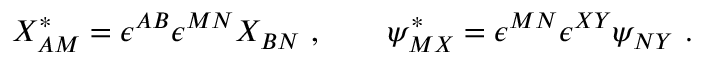
X _ { A M } ^ { * } = \epsilon ^ { A B } \epsilon ^ { M N } X _ { B N } \ , \qquad \psi _ { M X } ^ { * } = \epsilon ^ { M N } \epsilon ^ { X Y } \psi _ { N Y } \ .